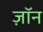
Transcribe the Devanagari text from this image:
ज़ॉन